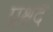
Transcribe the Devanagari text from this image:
प्रश्नद